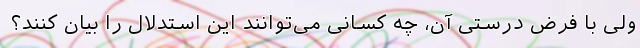
ولی با فرض درستی آن، چه کسانی می‌توانند این استدلال را بیان کنند؟